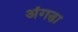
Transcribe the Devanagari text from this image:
अंगडा